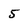
Character: 5